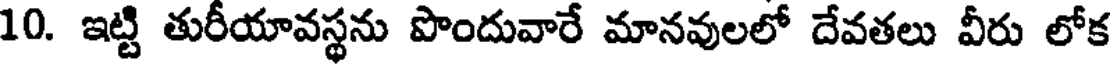
10. ఇట్టి తురీయావస్థను పొందువారే మానవులలో దేవతలు వీరు లోక